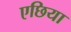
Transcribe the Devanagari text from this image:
एछिया